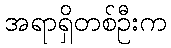
အရာရှိတစ်ဦးက